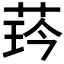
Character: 𦲖